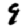
Digit: 9